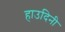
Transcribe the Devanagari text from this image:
हाउदिनी